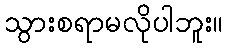
သွားစရာမလိုပါဘူး။